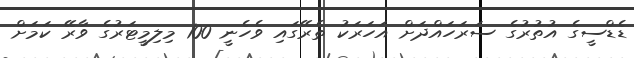
ޑެޑްސީގެ އުތުރުގެ ސަރަހައްދަށް އަހަރަކު ތެރޭގައި ވެހެނީ 100 މިލިމީޓަރުގެ ވާރޭ ކަމަށް